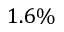
1 . 6 \%